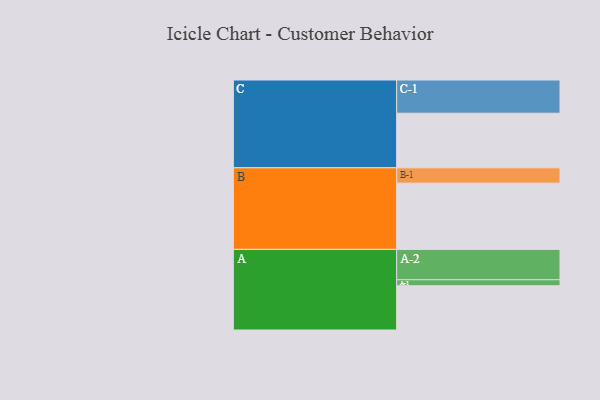
{"axis": {"x": "Segment", "y": "Value"}, "legend": ["", "A", "B", "C"], "data": [{"x": "A", "y": 369, "type": ""}, {"x": "B", "y": 552, "type": ""}, {"x": "C", "y": 455, "type": ""}, {"x": "A-1", "y": 50, "type": "A"}, {"x": "A-2", "y": 253, "type": "A"}, {"x": "B-1", "y": 128, "type": "B"}, {"x": "C-1", "y": 277, "type": "C"}]}